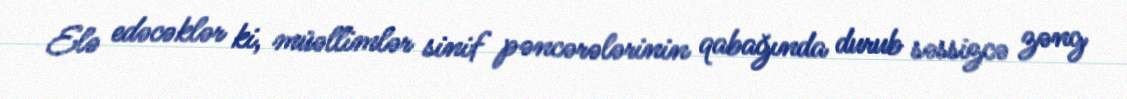
Elə edəcəklər ki, müəllimlər sinif pəncərələrinin qabağında durub səssizcə zəng